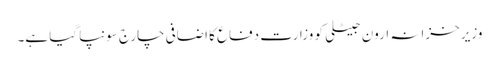
وزیر خزانہ ارون جیٹلی کو وزارت دفاع کا اضافی چارج سونپا گیا ہے۔